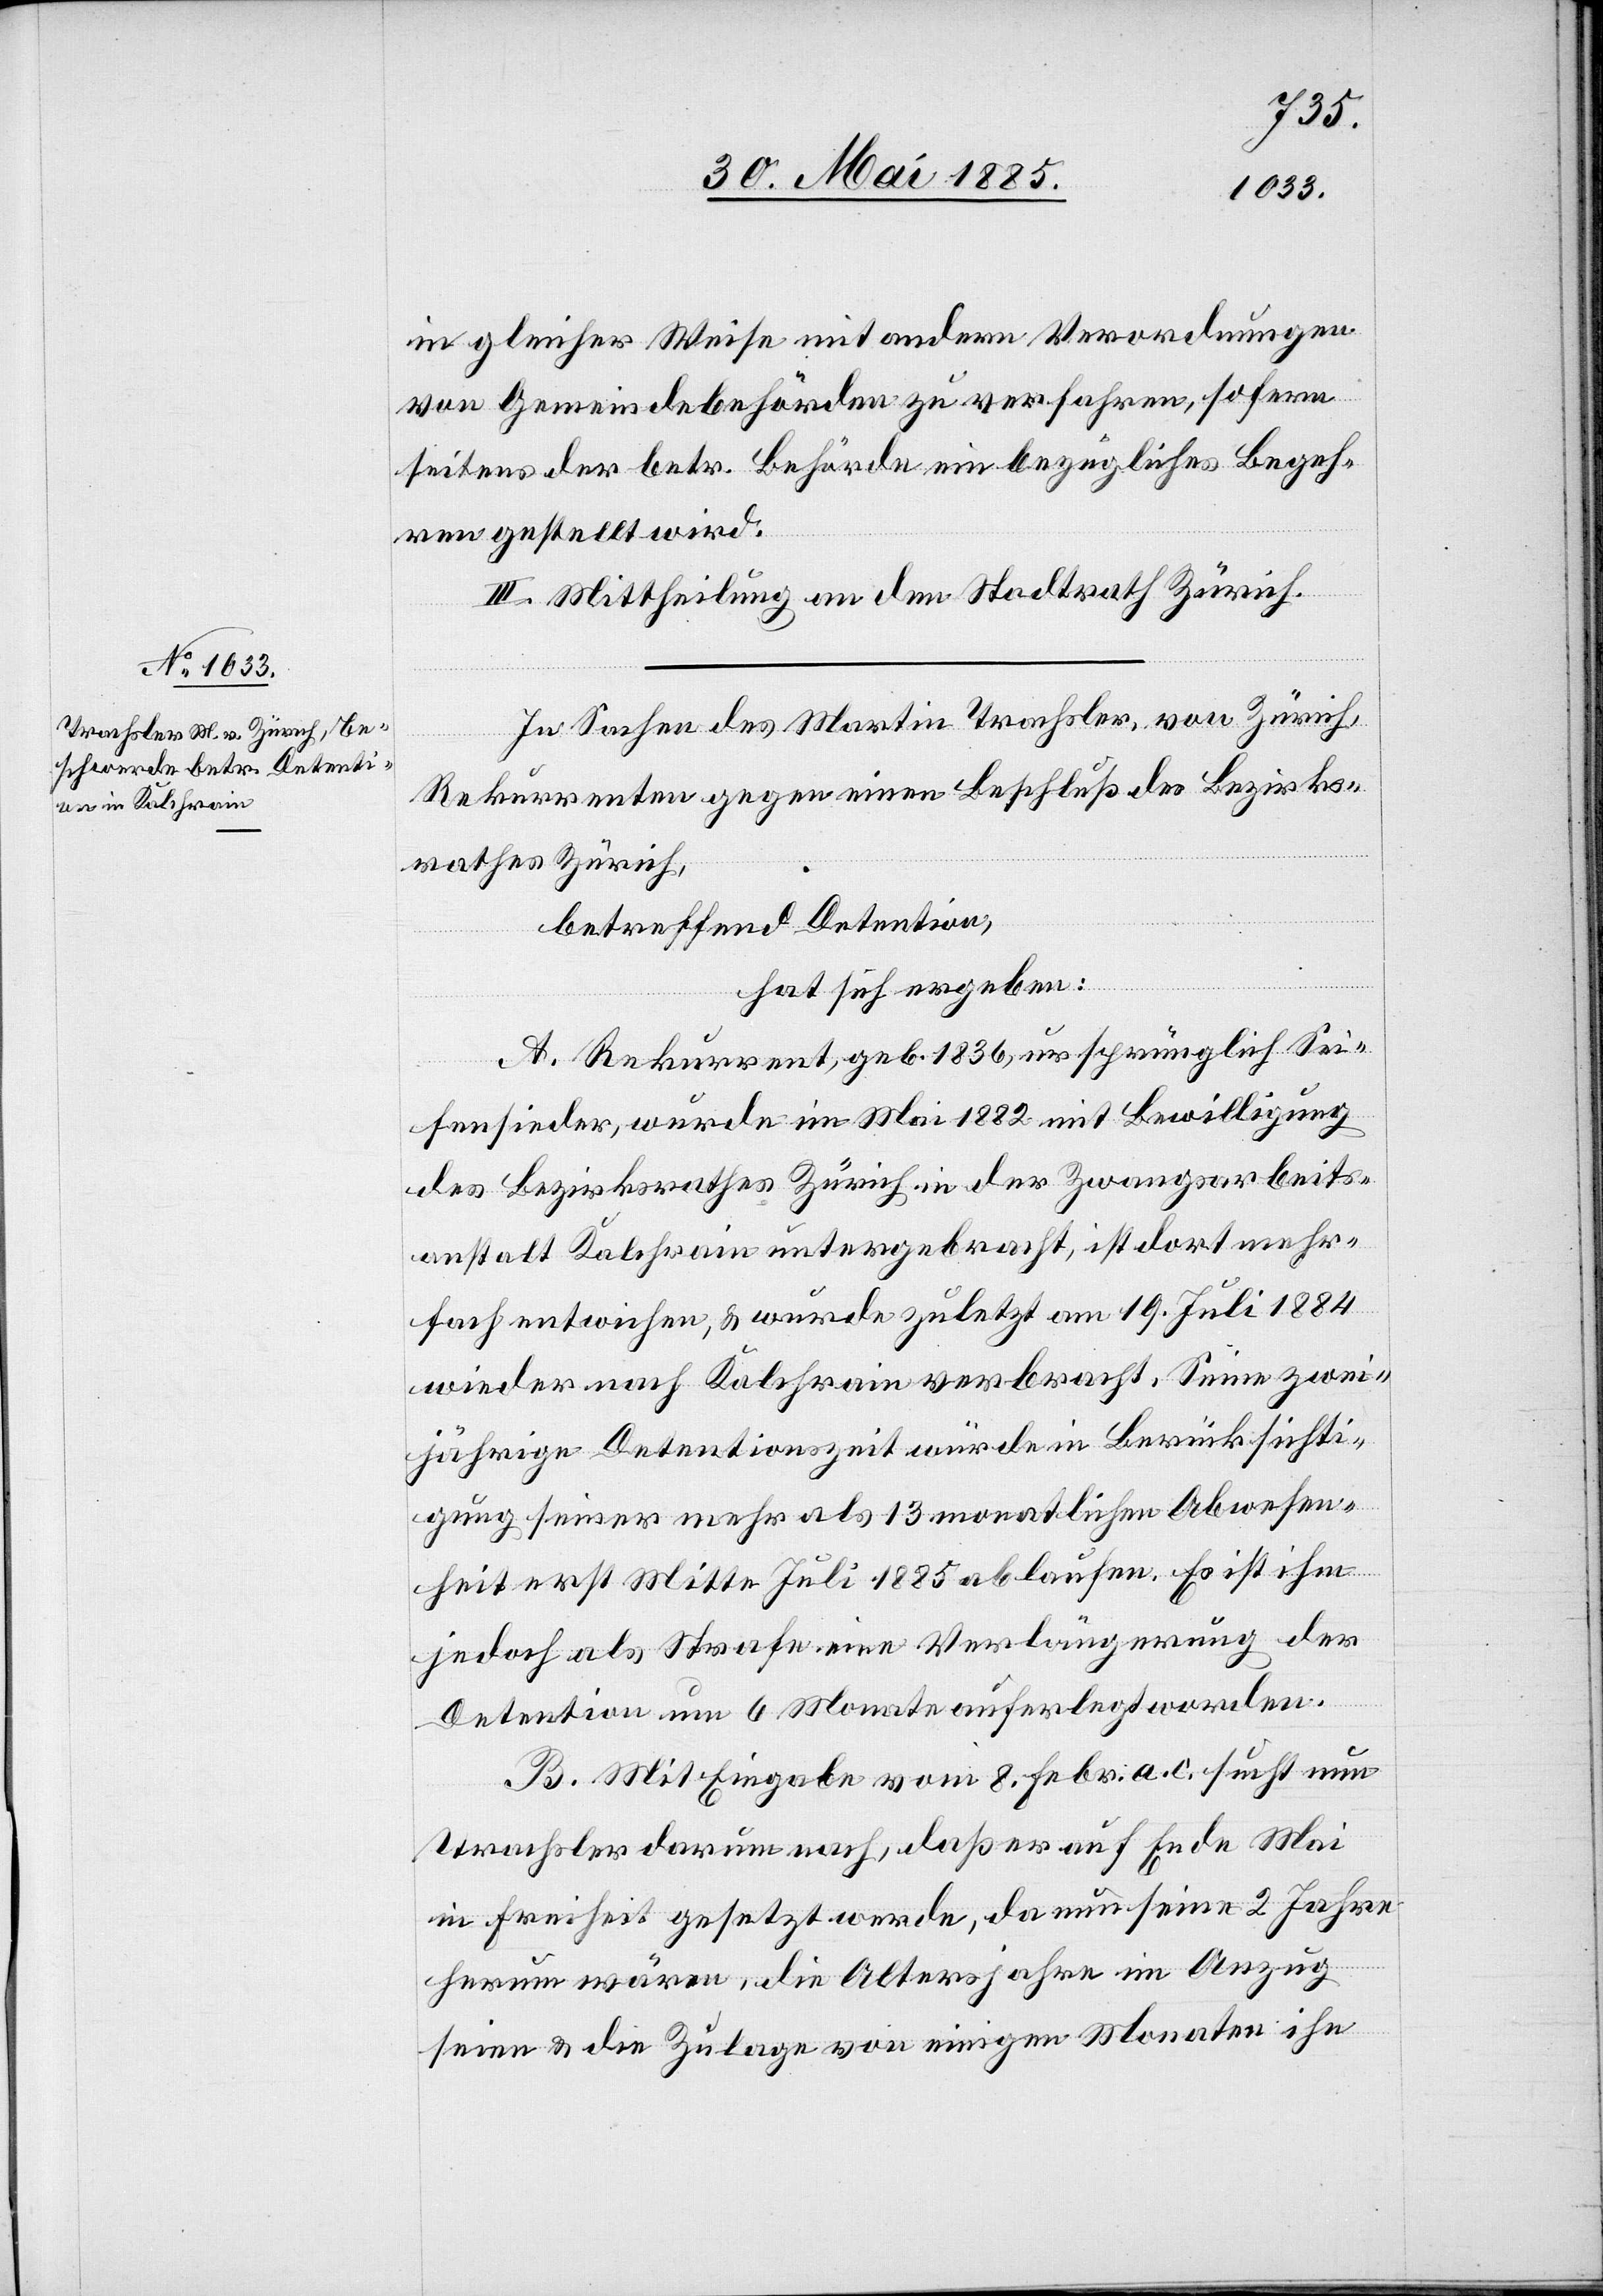
in gleicher Weise mit andern Verordnungen
von Gemeindebehörden zu verfahren, sofern
seitens der betr. Behörde ein bezügliches Begeh¬
ren gestellt wird.
III. Mittheilung an den Stadtrath Zürich.
In Sachen des Martin Trachsler, von Zürich,
Rekurrenten gegen einen Beschluß des Bezirks¬
rathes Zürich,
betreffend Detention,
hat sich ergeben:
A. Rekurrent, geb. 1836, ursprünglich Sei¬
fensieder, wurde im Mai 1882 mit Bewilligung
des Bezirksrathes Zürich in der Zwangsarbeits¬
anstalt Kalchrain untergebracht, ist dort mehr¬
fach entwichen, & wurde zuletzt am 19. Juli 1884
wieder nach Kalchrain verbracht. Seine zwei¬
jährige Detentionszeit würde in Berücksichti¬
gung seiner mehr als 13monatlichen Abwesen¬
heit erst Mitte Juli 1885 ablaufen. Es ist ihm
jedoch als Strafe eine Verlängerung der
Detention um 6 Monate auferlegt worden.
B. Mit Eingabe vom 8. Febr. a. c. sucht nun
Trachsler darum nach, daß er auf Ende Mai
in Freiheit gesetzt werde, da nun seine 2 Jahre
herum wären, die Altersjahre im Anzug
seien & die Zulage von einigen Monaten ihn